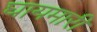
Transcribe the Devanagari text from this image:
घायमारी